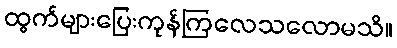
ထွက်များပြေးကုန်ကြလေသလောမသိ။